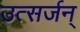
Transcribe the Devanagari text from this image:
उत्सर्जन्